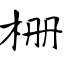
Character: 栅